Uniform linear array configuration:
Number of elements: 4
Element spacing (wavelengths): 0.5
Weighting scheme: kaiser
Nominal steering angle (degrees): -15
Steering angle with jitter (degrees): -13.697
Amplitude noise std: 0.05
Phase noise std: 0.05

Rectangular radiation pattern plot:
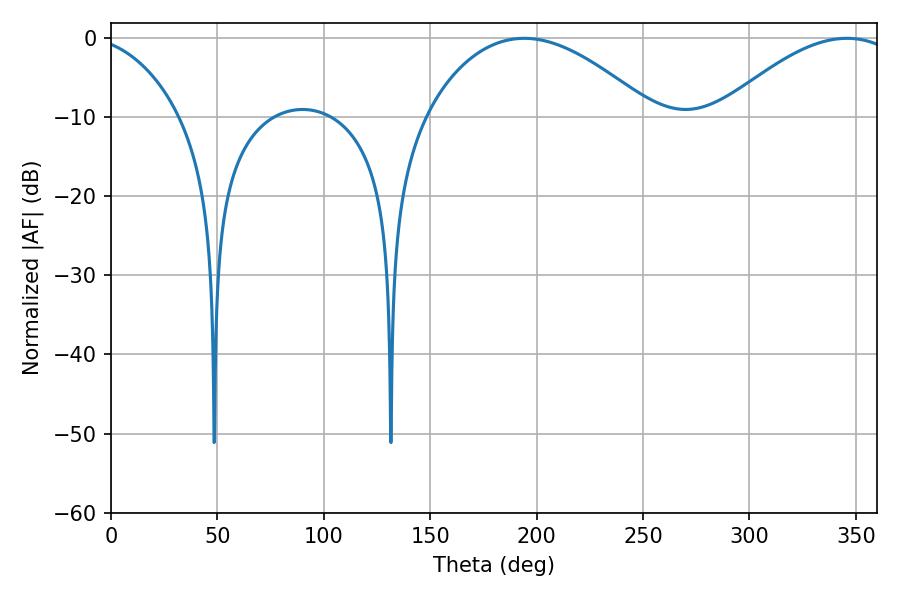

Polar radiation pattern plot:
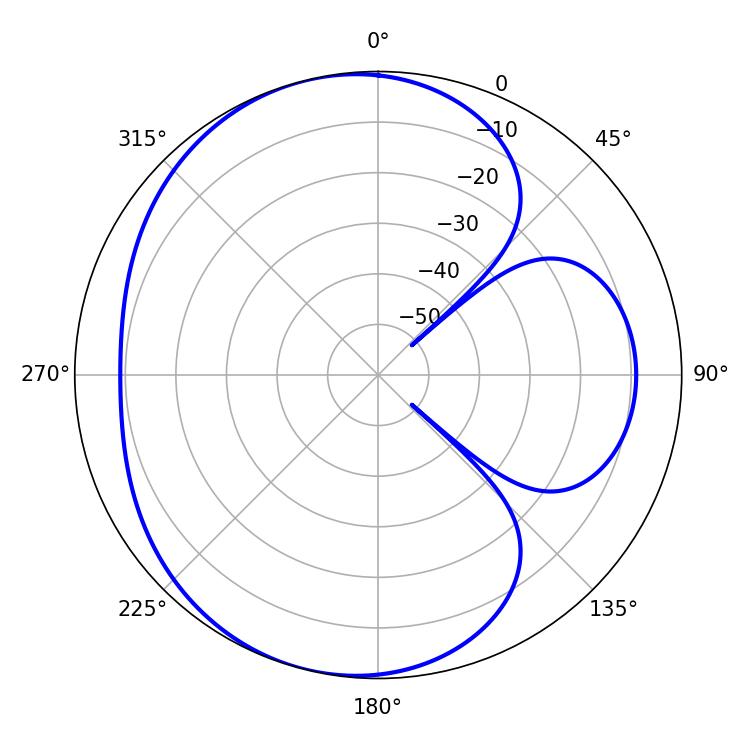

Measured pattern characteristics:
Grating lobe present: FALSE
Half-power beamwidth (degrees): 59.04
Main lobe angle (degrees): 194.22